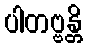
ပါတဗ္ဗန္တိ